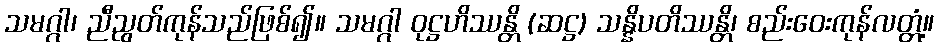
သမဂ္ဂါ၊ ညီညွတ်ကုန်သည်ဖြစ်၍။ သမဂ္ဂါ ဝုဋ္ဌဟိဿန္တိ (ဆဋ္ဌ) သန္နိပတိဿန္တိ၊ စည်းဝေးကုန်လတ္တံ့။